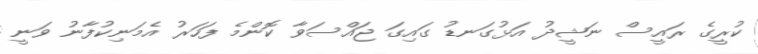
ކުރީގެ ރައީސް ނަޝީދު އަޅުގަނޑު ގައިގަ ޖައްސަވާ ކޮންމެ ފަހަރު އެމަނިކުފާނު ވަނީ